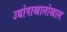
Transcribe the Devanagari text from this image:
उद्योगाखालोखाल